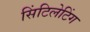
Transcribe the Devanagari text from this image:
सिंटिलेटिंग